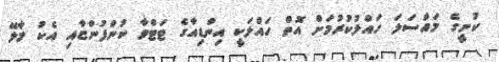
ކުނީގެ މައްސަލަ ހައްލުކުރުމަށް އޮތް ހައްލަކީ އިންޑިއާގެ ޓަޓްވާ ކުންފުންޏާއި އެކު މާލޭ